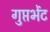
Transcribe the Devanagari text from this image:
गुप्तभेंट